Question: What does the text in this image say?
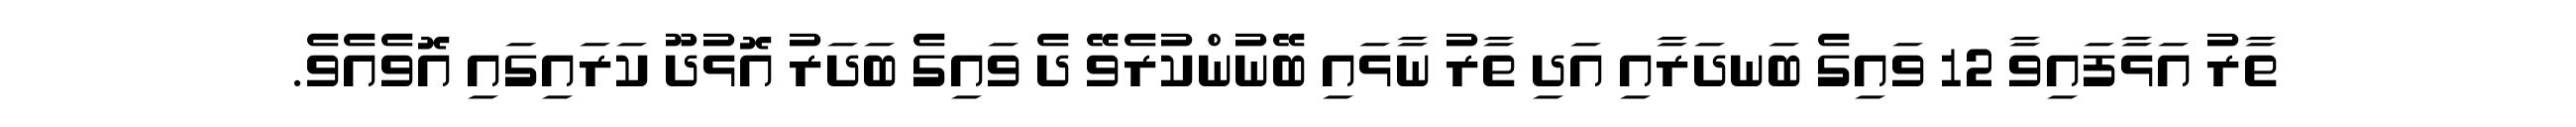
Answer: ތާރު އަޅާފައިވާ 12 ވައިގެ ބަނދަރާއި އަދި ތާރު ނާޅައި ބޭނުންކުރެވޭ ދެ ވައިގެ ބަދަރު އޮޅުދޫ ކަރައިގައި އޮވެއެވެ.